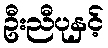
ဦးညီပုနှင့်